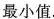
最小值.